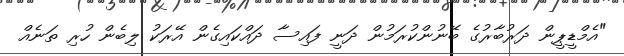
"އެމްޑީޕީން ދަރުބާރުގެ ބޭނުންކުރަމުން ދަނީ ފައިސާ ދައްކައިގެން އޭރަކު ލިބެން ހުރި ތަނެއް